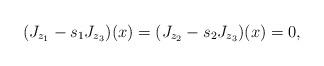
LaTeX: \begin{align*}(J_{z_1}- s_1J_{z_3})(x) = (J_{z_2}- s_2J_{z_3})(x) = 0, \end{align*}